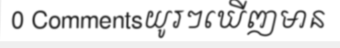
0 Commentsយូរៗឃើញមាន